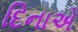
દિનાએ